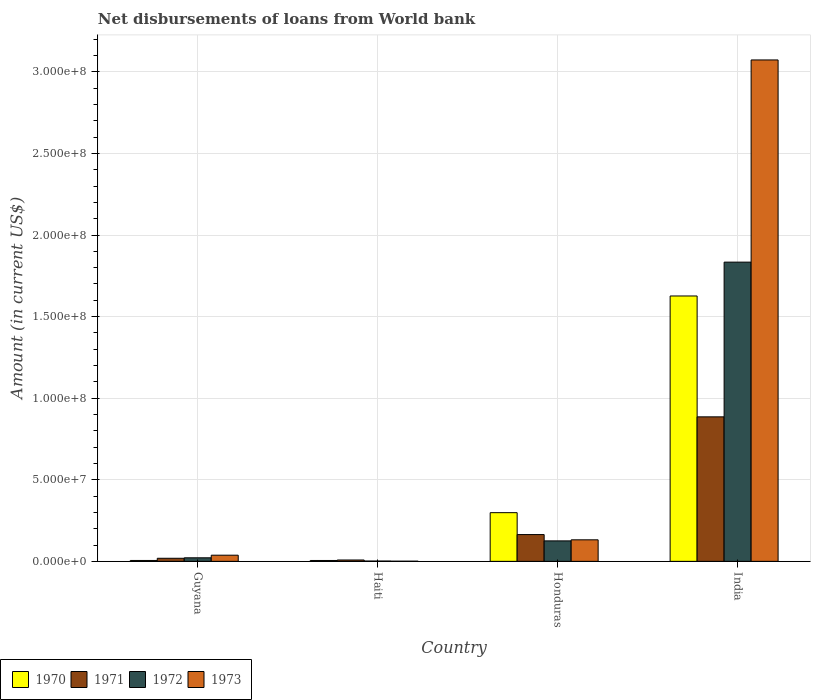
| Country | 1970 | 1971 | 1972 | 1973 |
 | --- | --- | --- | --- | --- |
 | Guyana | 5.53e+05 | 1.89e+06 | 2.18e+06 | 3.78e+06 |
 | Haiti | 5.38e+05 | 8.34e+05 | 1.96e+05 | 9.8e+04 |
 | Honduras | 2.98e+07 | 1.64e+07 | 1.25e+07 | 1.32e+07 |
 | India | 1.63e+08 | 8.86e+07 | 1.83e+08 | 3.07e+08 |